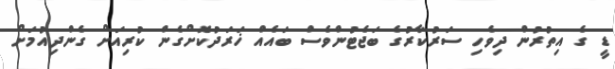
ޑީ ގެ އިތުރުން ދިވެހި ސަރުކާރުގެ ބަޖެޓުންވެސް ބައެއް ޚަރަދުކޮށްގެން ކުރިއަށް ގެންދިއުމަށް